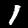
Digit: 1